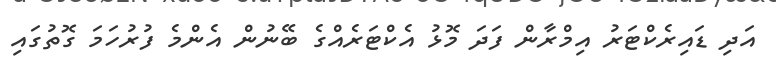
އަދި ޑައިރެކްޓަރު އިމްރާން ފަދަ މޮޅު އެކްޓަރެއްގެ ބޭނުން އެންމެ ފުރުހަމަ ގޮތުގައި